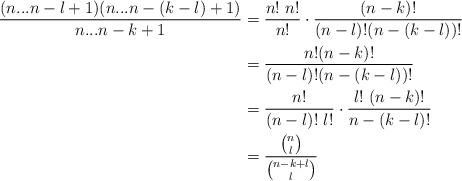
LaTeX: \begin{align*}\frac{(n...n-l+1)(n...n-(k-l)+1)}{n...n-k+1}&=\frac{n!~n!}{n!} \cdot \frac{(n-k)!}{(n-l)! (n-(k-l))!}\\&=\frac{n!(n-k)!}{(n-l)!(n-(k-l))!}\\&=\frac{n!}{(n-l)!~l!}\cdot \frac{l!~(n-k)!}{n-(k-l)!}\\&=\frac{\binom{n}{l}}{\binom{n-k+l}{l}}\end{align*}